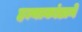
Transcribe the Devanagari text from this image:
हत्याकांडाने